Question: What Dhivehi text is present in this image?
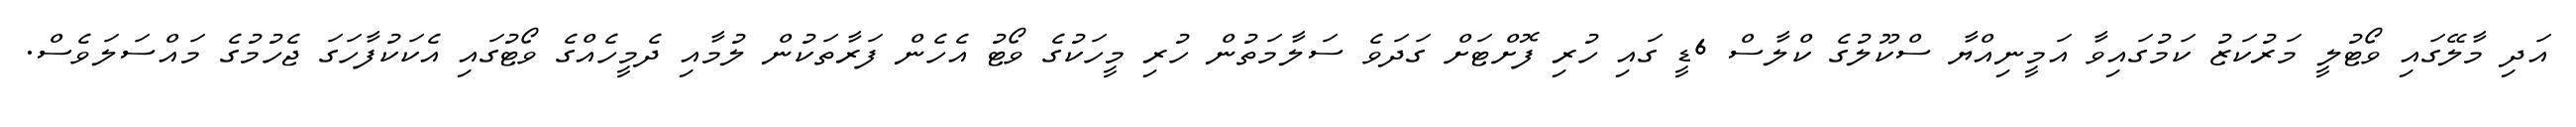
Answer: އަދި މާލޭގައި ވޯޓުލީ މަރުކަޒު ކަމުގައިވާ އަމީނިއްޔާ ސްކޫލުގެ ކްލާސް 6ޑީ ގައި ހުރި ފޮށްޓަށް ގަދަވެ ސަލާމަތުން ހުރި މީހަކުގެ ވޯޓު އެހެން ފަރާތަކުން ލުމާއި ދެމީހެއްގެ ވޯޓުގައި އެކަކުފާހަގަ ޖެހުމުގެ މައްސަލަވެސް.